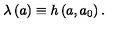
\lambda \left( a \right) \equiv h \left( a , a _ { 0 } \right) .